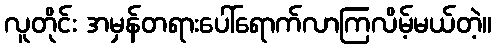
လူတိုင်း အမှန်တရားပေါ်ရောက်လာကြလိမ့်မယ်တဲ့။